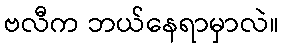
ဗလီက ဘယ်နေရာမှာလဲ။